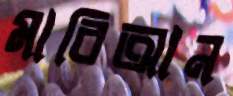
মারিআন